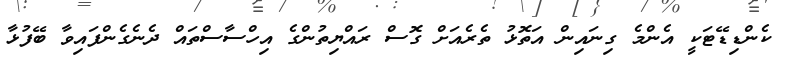
ކެންޑިޑޭޓަކީ އެންމެ ގިނައިން އަތޮޅު ތެރެއަށް ގޮސް ރައްޔިތުންގެ އިހްސާސްތައް ދެނެގެންފައިވާ ބޭފުޅާ